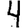
Digit: 4